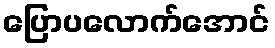
ပြောပလောက်အောင်